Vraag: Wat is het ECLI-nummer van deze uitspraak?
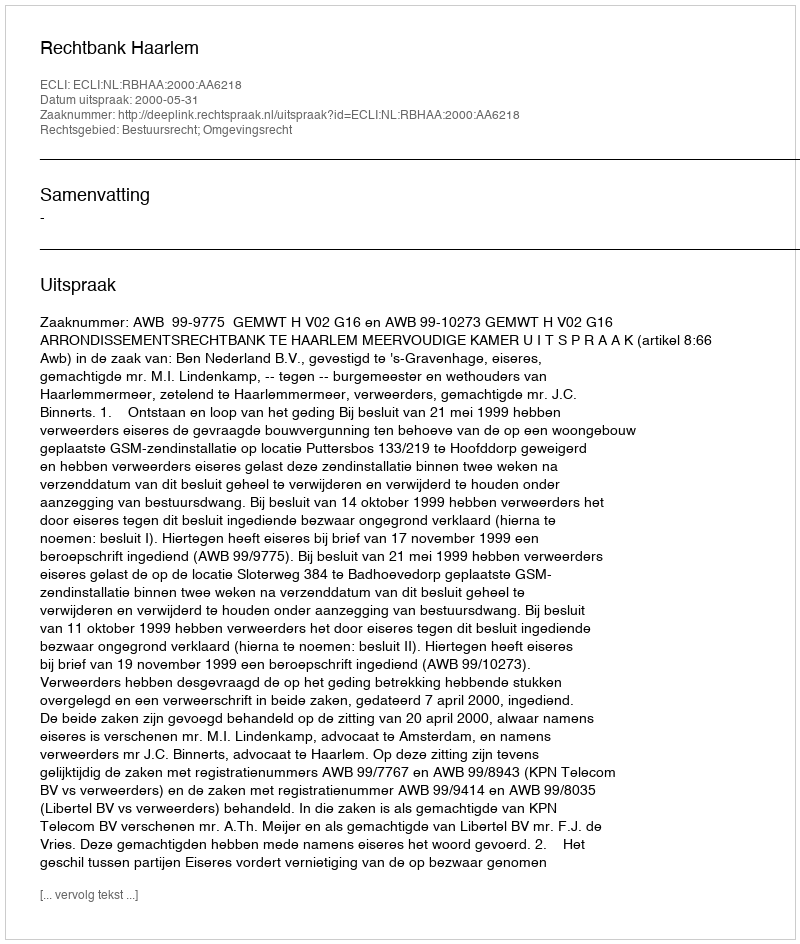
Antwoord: ECLI:NL:RBHAA:2000:AA6218